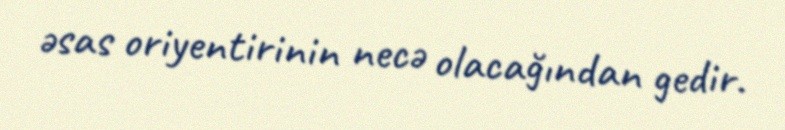
əsas oriyentirinin necə olacağından gedir.